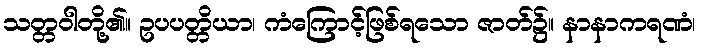
သတ္တဝါတို့၏။ ဥပပတ္တိယာ၊ ကံကြောင့်ဖြစ်ရသော ဇာတ်၌။ နာနာကရဏံ၊